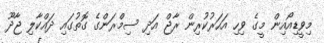
މިވީޑިއޯއިން މީގެ ވިހި އަހަރުކުރިން ރާޖް އަދި ސިމްރަންގެ ގޮތުގައި ދައްކާލި ޖާދޫ